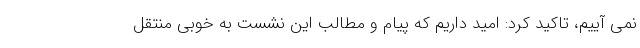
نمی آییم، تاکید کرد: امید داریم که پیام و مطالب این نشست به خوبی منتقل